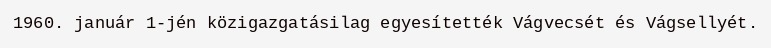
1960. január 1-jén közigazgatásilag egyesítették Vágvecsét és Vágsellyét.